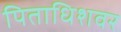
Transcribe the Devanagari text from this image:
पिताधिशवर